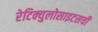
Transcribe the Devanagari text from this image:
रेटिक्युलोसाइटसची